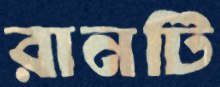
রানটি